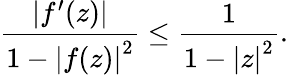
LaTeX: {\frac{\left|f^{\prime}(z)\right|}{1-\left|f(z)\right|^{2}}}\leq{\frac{1}{1-\left|z\right|^{2}}}.